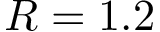
R = 1 . 2